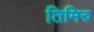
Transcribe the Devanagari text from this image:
तिमिरु